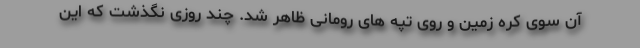
آن سوی کره زمین و روی تپه های رومانی ظاهر شد. چند روزی نگذشت که این